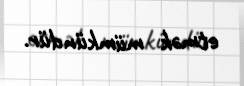
etmək mümkündür.